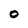
Character: 0